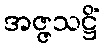
အဇ္ဇသဋ္ဌိံ